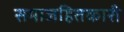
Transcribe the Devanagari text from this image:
समाजहितकारी